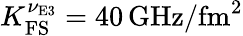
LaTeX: K_{\mathrm{FS}}^{\nu_{\textrm{E3}}}=40\, \mathrm{GHz}/\mathrm{fm}^{2}